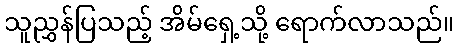
သူညွှန်ပြသည့် အ်ိမ်ရှေ့သို့ ရောက်လာသည်။